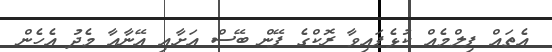
އެތައް ފިލްމެއް ކުޅެފައިވާ ރޮކްގެ ފޭން ބޭސް އަށާއި އޭނާއާ މެދު އެހެން